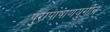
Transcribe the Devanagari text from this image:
पुरापाषाणयुगीन